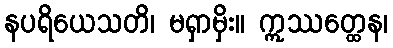
နပရိယေသတိ၊ မရှာမှိး။ ဣဿတ္ထေန၊